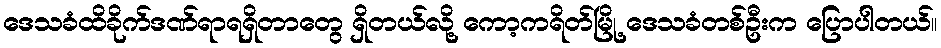
ဒေသခံထိခိုက်ဒဏ်ရာရရှိတာတွေ ရှိတယ်လို့ ကော့ကရိတ်မြို့ ဒေသခံတစ်ဦးက ပြောပါတယ်။